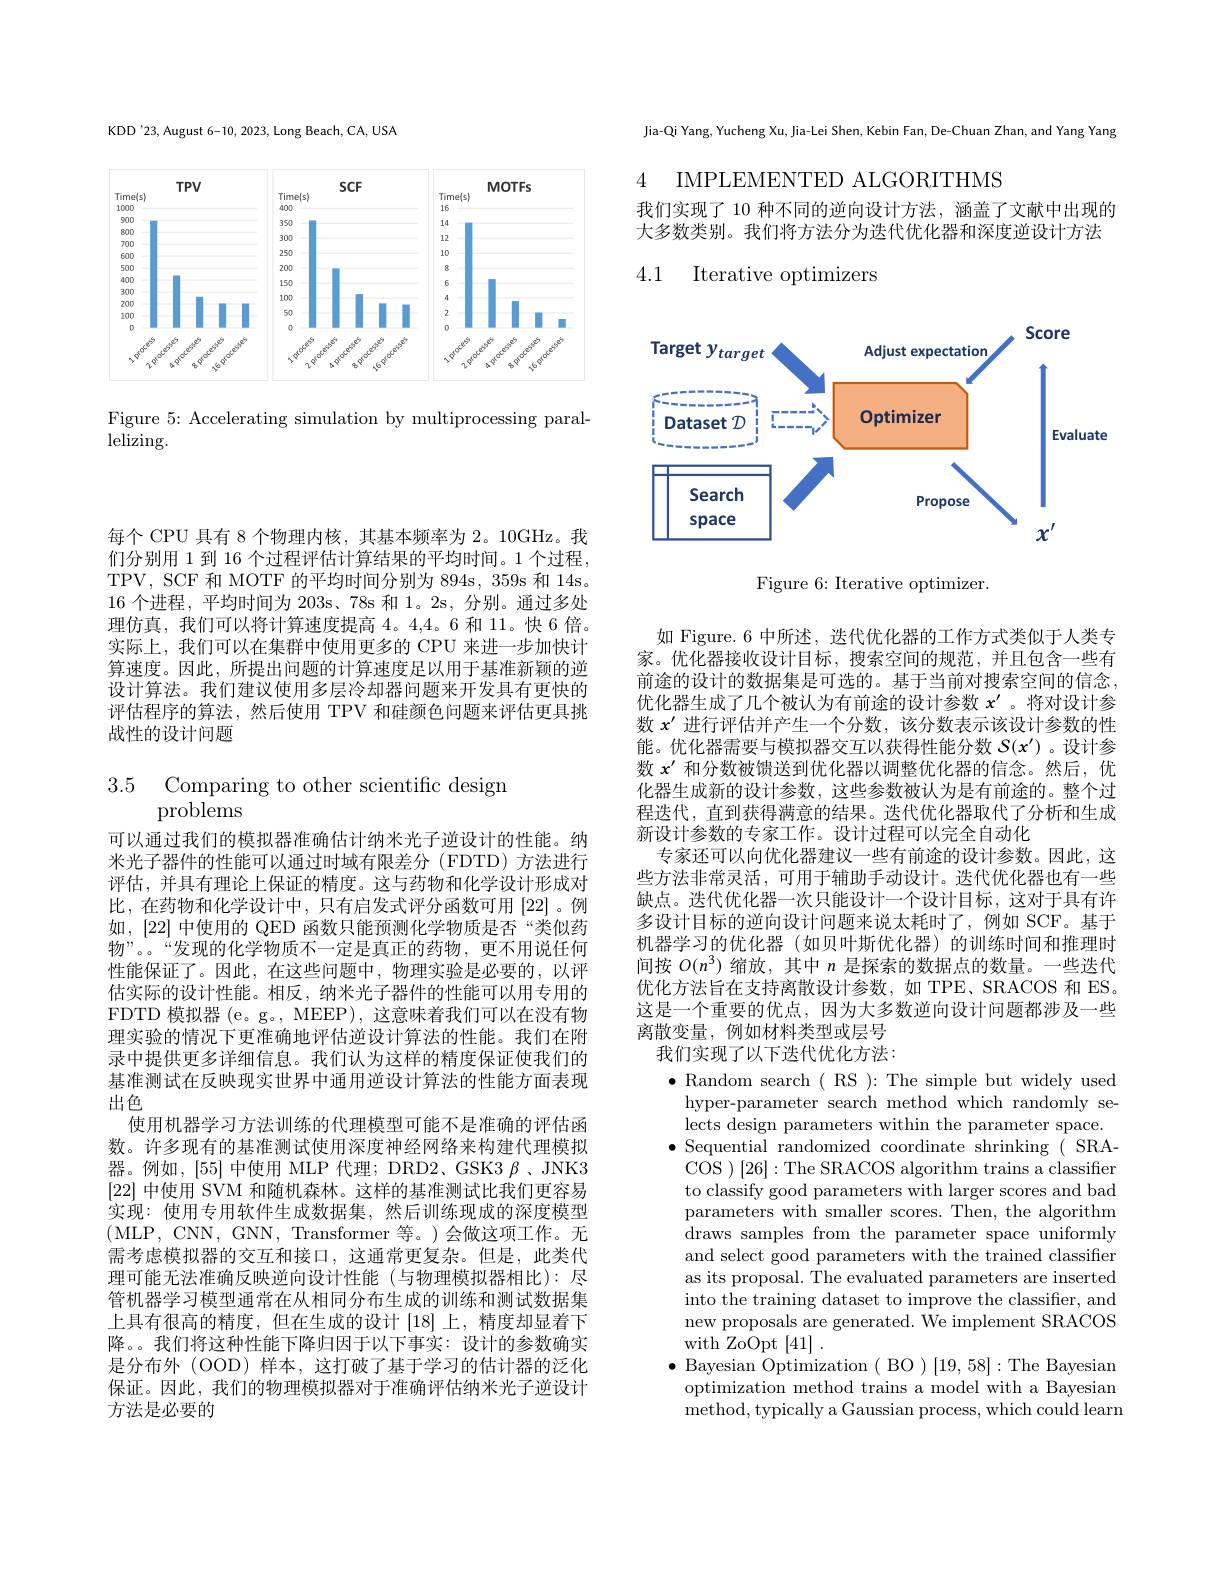
每个 CPU 具有 8 个物理内核，其基本频率为 2。10GHz。我们分别用 1 到 16 个过程评估计算结果的平均时间。1 个过程， TPV, SCF 和 MOTF 的平均时间分别为 894s, 359s 和 14s。16 个进程，平均时间为 203s、78s 和 1。2s, 分别。通过多处理仿真，我们可以将计算速度提高 4。4,4。6 和 11。快 6 倍。实际上，我们可以在集群中使用更多的 CPU 来进一步加快计算速度。因此，所提出问题的计算速度足以用于基准新颖的逆设计算法。我们建议使用多层冷却器问题来开发具有更快的评估程序的算法，然后使用 TPV 和硅颜色问题来评估更具挑战性的设计问题

3.5 Comparing to other scientific design
# problems

可以通过我们的模拟器准确估计纳米光子逆设计的性能。纳米光子器件的性能可以通过时域有限差分(FDTD)方法进行评估，并具有理论上保证的精度。这与药物和化学设计形成对比，在药物和化学设计中，只有启发式评分函数可用[22]。例如，[22]中使用的 QED 函数只能预测化学物质是否“类似药物”。。“发现的化学物质不一定是真正的药物，更不用说任何性能保证了。因此，在这些问题中，物理实验是必要的，以评估实际的设计性能。相反，纳米光子器件的性能可以用专用的FDTD 模拟器 (e。g。, MEEP), 这意味着我们可以在没有物理实验的情况下更准确地评估逆设计算法的性能。我们在附录中提供更多详细信息。我们认为这样的精度保证使我们的基准测试在反映现实世界中通用逆设计算法的性能方面表现出色
使用机器学习方法训练的代理模型可能不是准确的评估函数。许多现有的基准测试使用深度神经网络来构建代理模拟器。例如，[55]中使用 MLP 代理；DRD2、GSK3 $\beta$、JNK3 [22]中使用 SVM 和随机森林。这样的基准测试比我们更容易实现：使用专用软件生成数据集，然后训练现成的深度模型(MLP, CNN, GNN, Transformer 等。)会做这项工作。无需考虑模拟器的交互和接口，这通常更复杂。但是，此类代理可能无法准确反映逆向设计性能(与物理模拟器相比):尽管机器学习模型通常在从相同分布生成的训练和测试数据集上具有很高的精度，但在生成的设计[18]上，精度却显着下降。。我们将这种性能下降归因于以下事实：设计的参数确实是分布外 (OOD) 样本，这打破了基于学习的估计器的泛化保证。因此，我们的物理模拟器对于准确评估纳米光子逆设计方法是必要的

KDD'23, August 6-10, 2023, Long Beach, CA, USA

<FigureHere>

Figure 5: Accelerating simulation by multiprocessing paral-
lelizing.

Jia-Qi Yang, Yucheng Xu, Jia-Lei Shen, Kebin Fan, De-Chuan Zhan, and Yang Yang

4 IMPLEMENTED ALGORITHMS

我们实现了 10 种不同的逆向设计方法，涵盖了文献中出现的大多数类别。我们将方法分为迭代优化器和深度逆设计方法

# 4.1 Iterative optimizers

<FigureHere>

Figure 6: Iterative optimizer.

如 Figure. 6 中所述，迭代优化器的工作方式类似于人类专家。优化器接收设计目标，搜索空间的规范，并且包含一些有前途的设计的数据集是可选的。基于当前对搜索空间的信念， 优化器生成了几个被认为有前途的设计参数$x^{\prime}$ 。将对设计参数$x^{\prime}$进行评估并产生一个分数，该分数表示该设计参数的性能。优化器需要与模拟器交互以获得性能分数$S(x^{\prime})$ 。设计参数$x^{\prime}$和分数被馈送到优化器以调整优化器的信念。然后，优化器生成新的设计参数，这些参数被认为是有前途的。整个过程迭代，直到获得满意的结果。迭代优化器取代了分析和生成新设计参数的专家工作。设计过程可以完全自动化
专家还可以向优化器建议一些有前途的设计参数。因此，这些方法非常灵活，可用于辅助手动设计。迭代优化器也有一些缺点。迭代优化器一次只能设计一个设计目标，这对于具有许多设计目标的逆向设计问题来说太耗时了，例如 SCF。基于机器学习的优化器(如贝叶斯优化器)的训练时间和推理时间按$O(n^3)$缩放，其中$n$是探索的数据点的数量。一些迭代优化方法旨在支持离散设计参数，如 TPE、SRACOS 和 ES。这是一个重要的优点，因为大多数逆向设计问题都涉及一些离散变量，例如材料类型或层号
我们实现了以下迭代优化方法：
$\bullet$ Random search $( \textbf{RS}) :$The simple but widely used
hyper-parameter search method which randomly selects design parameters within the parameter space.
$\bullet$ Sequential randomized coordinate shrinking ( SRA-
COS ) [26]:The SRACOS algorithm trains a classifier to classify good parameters with larger scores and bad parameters with smaller scores. Then, the algorithm draws samples from the parameter space uniformly and select good parameters with the trained classifier as its proposal. The evaluated parameters are inserted into the training dataset to improve the classifier, and new proposals are generated. We implement SRACOS with ZoOpt [41]
$\bullet$ Bayesian Optimization ( BO )[19,58]:The Bayesian
optimization method trains a model with a Bayesian method, typically a Gaussian process, which could learn